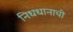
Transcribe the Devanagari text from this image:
निधधानाची